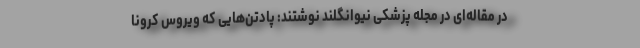
در مقاله‌ای در مجله پزشکی نیوانگلند نوشتند: پادتن‌هایی که ویروس کرونا